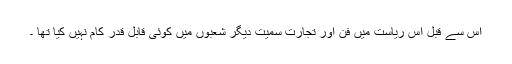
اس سے قبل اس ریاست میں فن اور تجارت سمیت دیگر شعبوں میں کوئی قابلِ قدر کام نہیں کیا تھا ۔